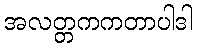
အလတ္တကကတာပါဒါ